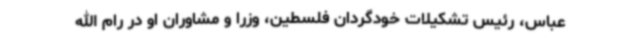
عباس، رئیس تشکیلات خودگردان فلسطین، وزرا و مشاوران او در رام الله